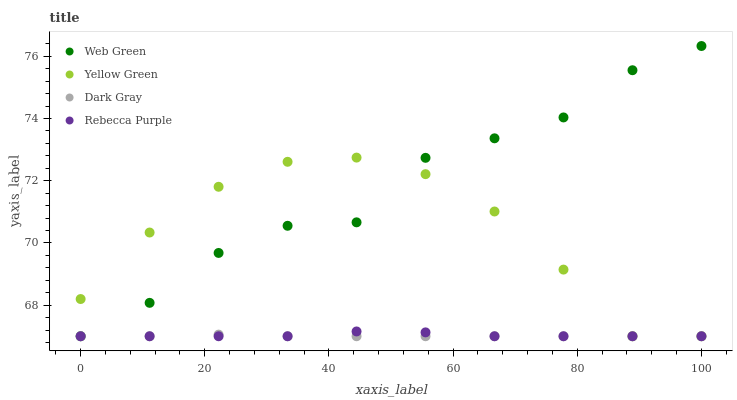
| xaxis_label | Web Green | Yellow Green | Dark Gray | Rebecca Purple |
 | --- | --- | --- | --- | --- |
 | 0 | 67 | 68.2 | 67 | 67 |
 | 11.1 | 68.1 | 70.3 | 67 | 67 |
 | 22.2 | 69.7 | 71.8 | 67.1 | 67 |
 | 33.3 | 70.6 | 72.6 | 67 | 67 |
 | 44.4 | 70.7 | 72.7 | 67 | 67.2 |
 | 55.6 | 72.7 | 72.2 | 67 | 67.1 |
 | 66.7 | 73.4 | 71 | 67 | 67 |
 | 77.8 | 74 | 69.1 | 67 | 67 |
 | 88.9 | 75.6 | 67 | 67 | 67 |
 | 100 | 76.3 | 67 | 67 | 67 |